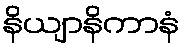
နိယျာနိကာနံ